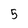
Character: 5